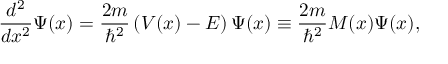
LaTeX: { \frac { d ^ { 2 } } { d x ^ { 2 } } } \Psi ( x ) = { \frac { 2 m } { \hbar ^ { 2 } } } \left( V ( x ) - E \right) \Psi ( x ) \equiv { \frac { 2 m } { \hbar ^ { 2 } } } M ( x ) \Psi ( x ) ,